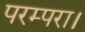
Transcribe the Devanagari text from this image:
परम्परा।